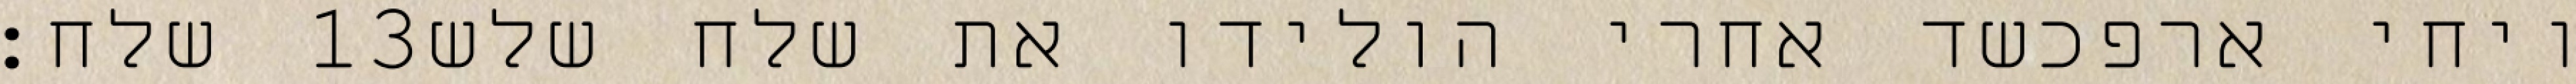
שלח׃ ‎13‏ ויחי ארפכשד אחרי הולידו את שלח שלש